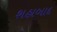
શહાબાદ